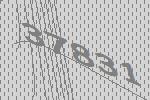
37831